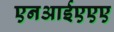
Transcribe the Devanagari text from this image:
एनआईएएए